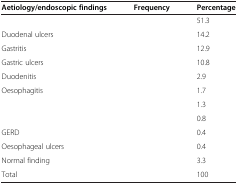
<table><thead><tr><td><b>Aetiology/endoscopic findings</b></td><td><b>Frequency</b></td><td><b>Percentage</b></td></tr></thead><tbody><tr><td>[EMPTY_CELL]</td><td>[EMPTY_CELL]</td><td>51.3</td></tr><tr><td>Duodenal ulcers</td><td>[EMPTY_CELL]</td><td>14.2</td></tr><tr><td>Gastritis</td><td>[EMPTY_CELL]</td><td>12.9</td></tr><tr><td>Gastric ulcers</td><td>[EMPTY_CELL]</td><td>10.8</td></tr><tr><td>Duodenitis</td><td>[EMPTY_CELL]</td><td>2.9</td></tr><tr><td>Oesophagitis</td><td>[EMPTY_CELL]</td><td>1.7</td></tr><tr><td>[EMPTY_CELL]</td><td>[EMPTY_CELL]</td><td>1.3</td></tr><tr><td>[EMPTY_CELL]</td><td>[EMPTY_CELL]</td><td>0.8</td></tr><tr><td>GERD</td><td>[EMPTY_CELL]</td><td>0.4</td></tr><tr><td>Oesophageal ulcers</td><td>[EMPTY_CELL]</td><td>0.4</td></tr><tr><td>Normal finding</td><td>[EMPTY_CELL]</td><td>3.3</td></tr><tr><td>Total</td><td>[EMPTY_CELL]</td><td>100</td></tr></tbody></table>